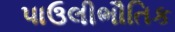
પાઉલીભૌતિક